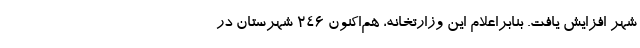
شهر افزایش یافت. بنابراعلام این وزارتخانه، هم‌اکنون ۲۴۶ شهرستان در